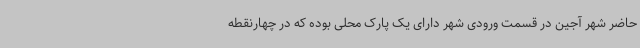
حاضر شهر آجین در قسمت ورودی شهر دارای یک پارک محلی بوده که در چهارنقطه